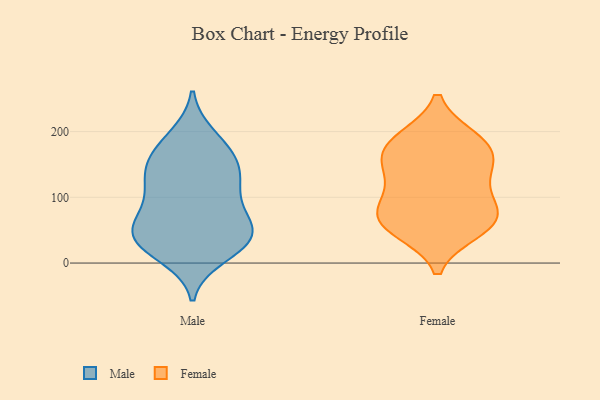
{"axis": {"x": "Headcount", "y": "Value"}, "legend": ["Female", "Male"], "data": [{"x": "", "y": 64, "type": "Male"}, {"x": "", "y": 43, "type": "Male"}, {"x": "", "y": 185, "type": "Male"}, {"x": "", "y": 137, "type": "Male"}, {"x": "", "y": 97, "type": "Male"}, {"x": "", "y": 52, "type": "Male"}, {"x": "", "y": 29, "type": "Male"}, {"x": "", "y": 149, "type": "Male"}, {"x": "", "y": 27, "type": "Male"}, {"x": "", "y": 158, "type": "Male"}, {"x": "", "y": 27, "type": "Male"}, {"x": "", "y": 193, "type": "Male"}, {"x": "", "y": 11, "type": "Male"}, {"x": "", "y": 38, "type": "Male"}, {"x": "", "y": 57, "type": "Male"}, {"x": "", "y": 118, "type": "Male"}, {"x": "", "y": 67, "type": "Male"}, {"x": "", "y": 164, "type": "Male"}, {"x": "", "y": 130, "type": "Male"}, {"x": "", "y": 107, "type": "Male"}, {"x": "", "y": 172, "type": "Female"}, {"x": "", "y": 131, "type": "Female"}, {"x": "", "y": 188, "type": "Female"}, {"x": "", "y": 187, "type": "Female"}, {"x": "", "y": 103, "type": "Female"}, {"x": "", "y": 68, "type": "Female"}, {"x": "", "y": 78, "type": "Female"}, {"x": "", "y": 51, "type": "Female"}, {"x": "", "y": 68, "type": "Female"}, {"x": "", "y": 58, "type": "Female"}, {"x": "", "y": 145, "type": "Female"}, {"x": "", "y": 162, "type": "Female"}]}